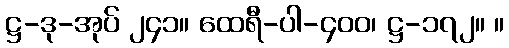
ဋ္ဌ-ဒု-အုပ် ၂၄၁။ ထေရီ-ပါ-၄၀၀၊ ဋ္ဌ-၁၇၂။ ။